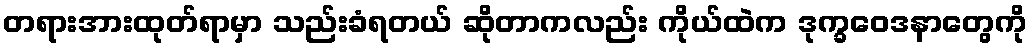
တရားအားထုတ်ရာမှာ သည်းခံရတယ် ဆိုတာကလည်း ကိုယ်ထဲက ဒုက္ခဝေဒနာတွေကို